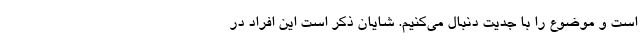
است و موضوع را با جدیت دنبال می‌کنیم. شایان ذکر است این افراد در